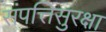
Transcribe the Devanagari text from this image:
संपत्तिसुरक्षा